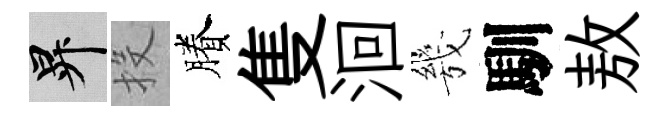
升投賸隻洄㡬馴敖